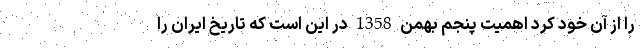
را از آنِ خود کرد اهمیت پنجم بهمن 1358 در این است که تاریخ ایران را